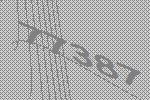
77387